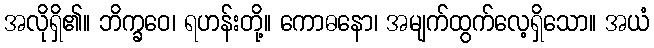
အလိုရှိ၏။ ဘိက္ခဝေ၊ ရဟန်းတို့။ ကောဓနော၊ အမျက်ထွက်လေ့ရှိသော။ အယံ